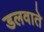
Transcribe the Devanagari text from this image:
डलवाते